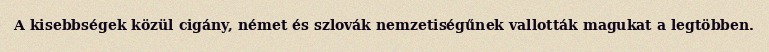
A kisebbségek közül cigány, német és szlovák nemzetiségűnek vallották magukat a legtöbben.